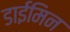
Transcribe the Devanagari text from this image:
डाईमिन